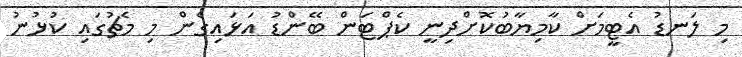
މި ލަނޑު އެޓީމަށް ކާމިޔާބުކޮށްދިނީ ކެޕްޓަން ބޭންޑު އަޅައިގެން މި މެޗުގައި ކުޅުނު